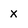
Character: x